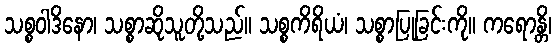
သစ္စဝါဒိနော၊ သစ္စာဆိုသူတို့သည်။ သစ္စကိရိယံ၊ သစ္စာပြုခြင်းကို။ ကရောန္တိ၊